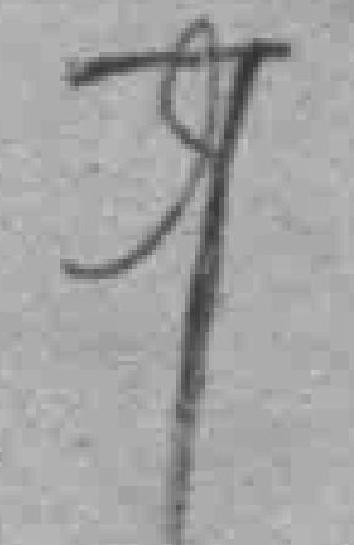
7